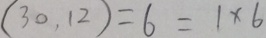
( 3 0 , 1 2 ) = 6 = 1 \times 6